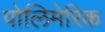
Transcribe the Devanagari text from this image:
पोलिमेरिक